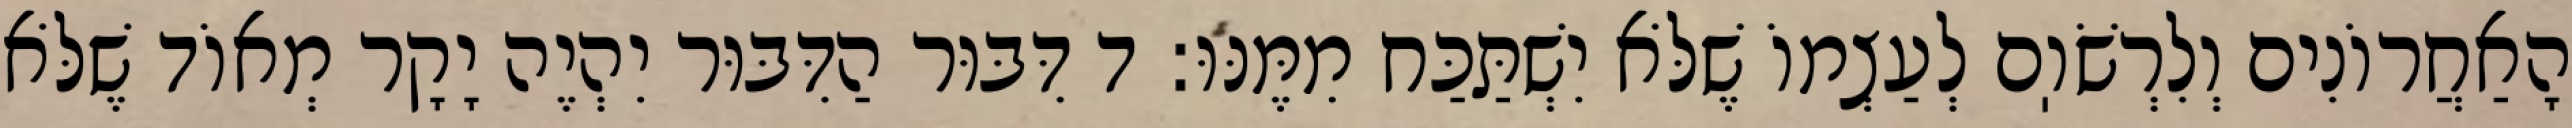
הָאַחֲרוֹנִים וְלִרְשֹׁוֽם לְעַצְמוֹ שֶׁלֹּא יִשְׁתַּכַּח מִמֶּנּוּ: ד דִּבּוּר הַדִּבּוּר יִהְיֶה יָקָר מְאוֹד שֶׁלֹּא